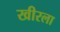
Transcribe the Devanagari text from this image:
खीरला